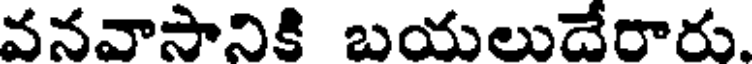
వనవాసానికి బయలుదేరారు.